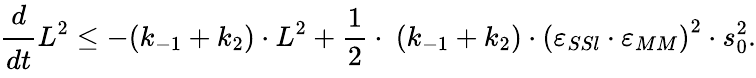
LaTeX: \cfrac{d}{dt}L^{2}\leq-(k_{-1}+k_{2})\cdot L^{2}+\frac 12\cdot\ (k_{-1}+k_{2})\cdot\left(\varepsilon_{SSl}\cdot\varepsilon_{MM}\right)^{2}\cdot s_{0}^{2}.